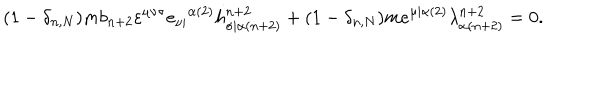
LaTeX: ( 1 - \delta _ { n , N } ) m b _ { n + 2 } \varepsilon ^ { \mu \nu \sigma } e _ { \nu | } { } ^ { \alpha ( 2 ) } h _ { \sigma | \alpha ( n + 2 ) } ^ { n + 2 } + ( 1 - \delta _ { n , N } ) m e ^ { \mu | \alpha ( 2 ) } \lambda _ { \alpha ( n + 2 ) } ^ { n + 2 } = 0 .